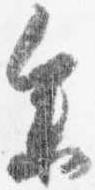
参